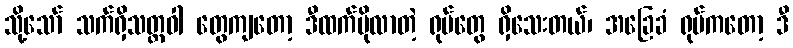
သို့သော် သက်ရှိသတ္တဝါ တွေကျတော့ ဒီထက်ပိုလာတဲ့ ရုပ်တွေ ရှိသေးတယ်၊ အခြေခံ ရုပ်ကတော့ ဒီ